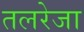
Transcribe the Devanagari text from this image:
तलरेजा